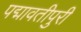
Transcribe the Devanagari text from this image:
पद्मावतीपुरी